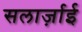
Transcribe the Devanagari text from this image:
सलार्ज़ाई